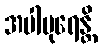
အပါပုရေန္တိ